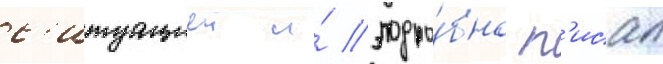
с'итуациеи и́ подро́бно п'исал